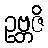
ဥဗ္ဘဇိ